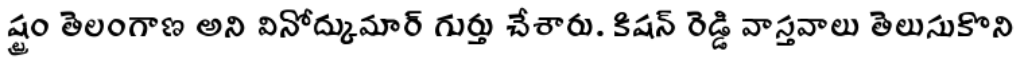
ష్ట్రం తెలంగాణ అని వినోద్కుమార్ గుర్తు చేశారు. కిషన్ రెడ్డి వాస్తవాలు తెలుసుకొని